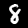
Digit: 8